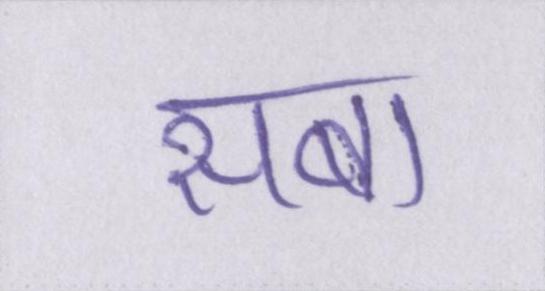
सबा